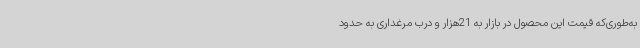
به‌طوری‌که قیمت این محصول در بازار به 21هزار و درب مرغداری به حدود